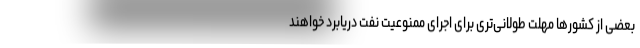
بعضی از کشورها مهلت طولانی‌تری برای اجرای ممنوعیت نفت دریابرد خواهند